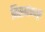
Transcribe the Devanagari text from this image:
निसर्गापासून